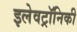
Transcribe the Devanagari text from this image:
इलेवट्रॉनिकी